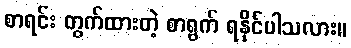
စာရင်း တွက်ထားတဲ့ စာရွက် ရနိုင်ပါသလား။